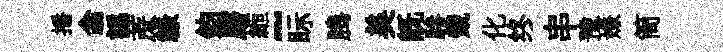
播翕譌蔗禄鈞磨縆~眎腾美既驂覿化终串豫嫌筒